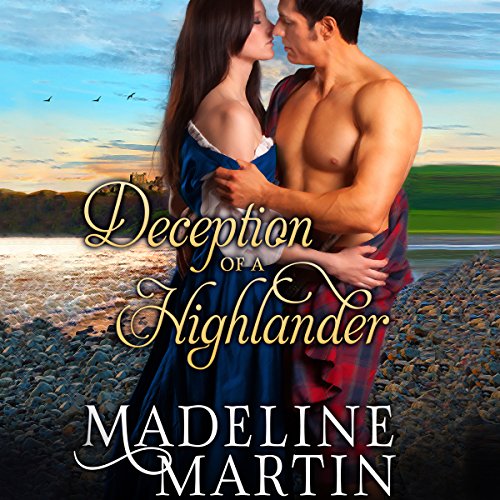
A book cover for Deception of a Highlander; Madeline Martin; Romance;